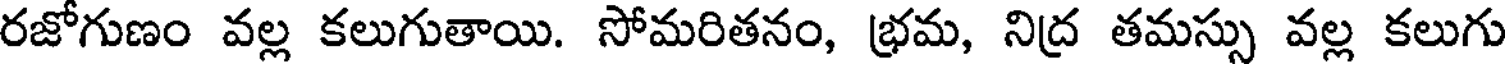
రజోగుణం వల్ల కలుగుతాయి. సోమరితనం, భ్రమ, నిద్ర తమస్సు వల్ల కలుగు